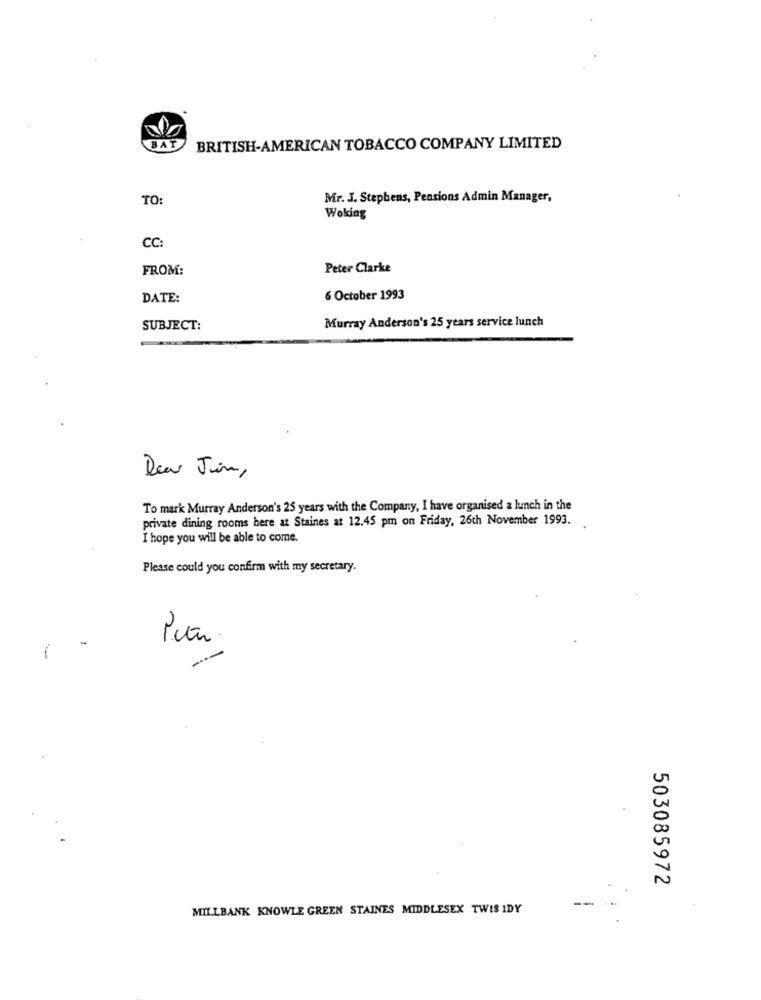
BAT
BRITISH-AMERICAN TOBACCO COMPANY LIMITED
TO:
Mir. J. Stephens, Pensions Admin Manager,
Woking
CC:
FROM:
Peter Clarke
DATE:
6 October 1993
Murray Anderson's 25 years service lunch
SUBJECT:
Dear Jin,
To mark Murray Anderson's 25 years with the Company, I have organised a lunch in the
private dining rooms here at Staines at 12.45 pm on Friday, 26th November 1993.
I hope you will be able to come.
Please could you confirm with my secretary.
2
503085972
--
MILLBANK KNOWLE GREEN STAINES MIDDLESEX TWIS IDY